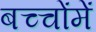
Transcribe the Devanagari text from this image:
बच्‍चोंमें